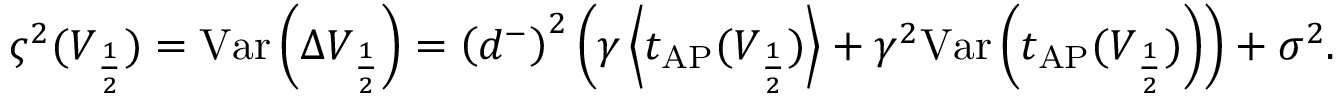
\begin{array} { r } { \varsigma ^ { 2 } ( V _ { \frac { 1 } { 2 } } ) = \mathrm { V a r } \left( \Delta V _ { \frac { 1 } { 2 } } \right) = \left( d ^ { - } \right) ^ { 2 } \left( \gamma \left\langle t _ { \mathrm { A P } } ( V _ { \frac { 1 } { 2 } } ) \right\rangle + \gamma ^ { 2 } \mathrm { V a r } \left( t _ { \mathrm { A P } } ( V _ { \frac { 1 } { 2 } } ) \right) \right) + \sigma ^ { 2 } . } \end{array}